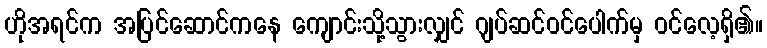
ဟိုအရင်က အပြင်ဆောင်ကနေ ကျောင်းသို့သွားလျှင် ဂျပ်ဆင်ဝင်ပေါက်မှ ဝင်လေ့ရှိ၏။